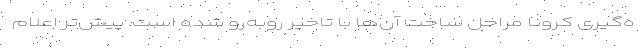
ه‌گیری کرونا مراحل ساخت آن‌ها با تاخیر روبه‌رو شده است. پیش‌تر اعلام